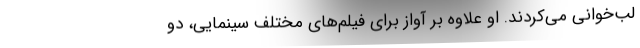
لب‌خوانی می‌کردند. او علاوه بر آواز برای فیلم‌های مختلف سینمایی، دو